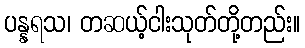
ပန္နရသ၊ တဆယ့်ငါးသုတ်တို့တည်း။